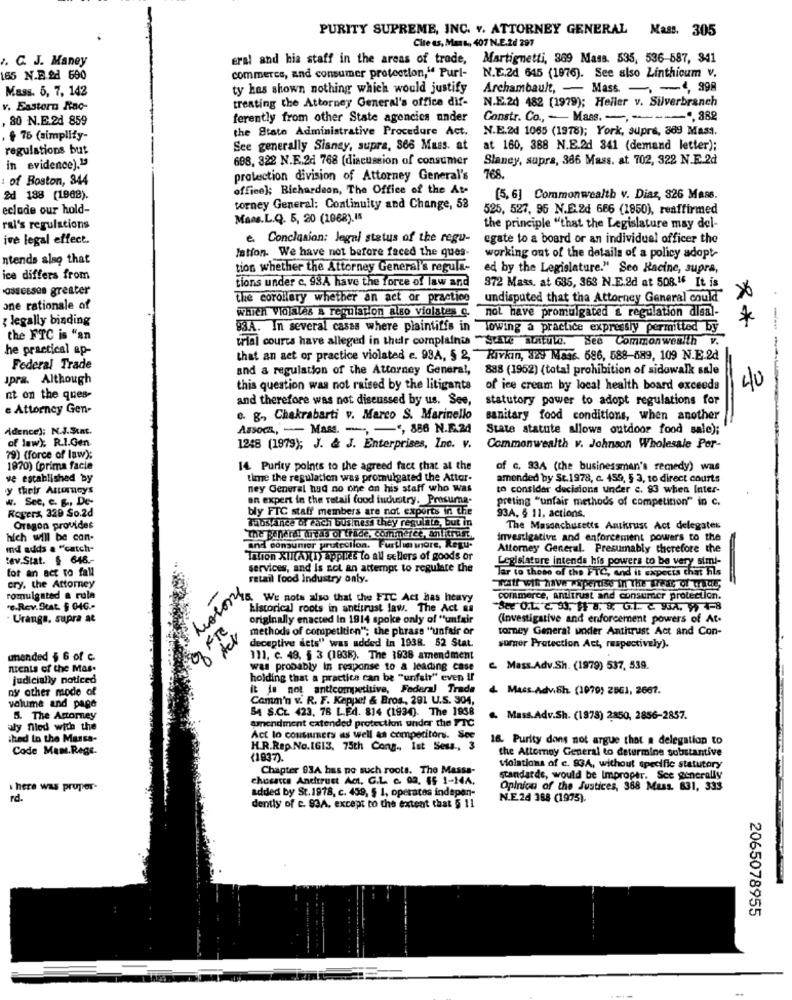
PURITY SUPREME, INC. v. ATTORNEY GENERAL Mass. 305
Cite ts, Mast ., 407 N.E.2d 297
. C. J. Maney
eral and hia staff in the areas of trade, Martignetti, 369 Mass. 535, 536-587, 341
165 N.B.&d 690
commerce, and consumer protection," Purl-
N.E.2d 645 (1976). See also Linthicum v.
Mass. 5, 7, 142
ty has shown nothing which would justify
Archambault, - Mass. -, - 4, 998
treating the Attorney General's office dif-
N.E.20 482 (1979); Heller v. Silverbranch
v. Eastern Rac-
80 N.E.21 859
ferently from other State agencies under
Constr. Co ., - Mass. -, ------- ". 882
the State Administrative Procedure Act.
N.E.2d 1065 (1978); York, supra, 369 Mass.
€ 75 (simplify-
regulations but
See generally Sianey, supra, 866 Muss. at
at 160, 388 N.E.2d 341 (demand letter);
Slaney, supra, 386 Mass. at 702, 322 N.E.2d
in evidence)."
698, 322 N.E.2d 768 (discussion of consumer
: of Boston, 344
protection division of Attorney General's
office); Richardson, The Office of the At-
&d 188 (1988).
(5, 6] Commonwealth v. Diaz, 826 Mass.
eclade our hold-
torney General: Continuity and Change, 52
525, 527, 95 N.E.2d 666 (1850), reaffirmed
Mans.L.Q. 5, 20 (1068).15
ral's regulations
the principle "that the Legislature may del-
ive legal effect.
e Conclusion: legal status of the regu-
egate to a board or an individuel officer the
ntends also that
Istion. We have not before faced the ques-
working out of the details of a policy adopt-
tion whether the Attorney General's regula-
ed by the Legislature." Sco Racine, supra,
ice differs from
ossesses greater
tions under c. 93A have the force of law and
372 Mass, at 635, 363 N.E.2d at 508." It is
The corollery whether an act or practice
undisputed that the Attorney General could
one rationale af
which Violales & regulation also violates c. not have promulgated & regulation disal-
legally binding
**
93A. In several cases where plaintiffs in lowing a practice expressly permitted by
the FTC is "an
trial courts have alleged in their complaints ~Stare actule. See Commonwealth v
he practical ap-
that an act or practice violated e. 934, 5 2, Rivkin, 329 Mas6. 686, 588-689, 109 N.E.2d
Federal Trade
and a regulation of the Attorney General,
888 (1962) (total prohibition of sidowalk sale
spra. Although
this question was not raised by the litigants
of ice cream by local health board exceeds
40
----
nt on the ques-
and therefore was not discussed by us. See,
statutory power to adopt regulations for
e Attorney Gen-
e. g. Chakrabarti v. Marco S. Marinello
sanitary food conditions, when another
Adence): N.J.Stat.
Assoca, -- Mass. -, - ", 886 N.E.24
State statute allows outdoor food sale);
of law). R.l.Gen
1248 (1979); J. & J. Enterprises, Inc. v.
Commonwealth v. Johnson Wholesale Per-
79) (force of law);
1970) (prima facie
14 Purity points to the agreed fact that at the
of c. 934 (the businessman's remedy) was
ve established by
time the regulation was promulgated the Attor-
amended by St.1978, c. 459, 5 3, 10 direct courts
y their Auerneys
ney General had no one on his staff who was
to consider decisions under c. 93 when Inter-
W. See, e. g ., De-
an expert in the retail food industry. Presuma-
preling "unfair methods of competition" in c.
Rogers, 329 So.2d
bly FTC staff members are not exports in the
Tabs ance of each business they regulate, but in
93A. § 11. actions.
Oragon provides
The Massachusetts Anthrust Act delegates
hich will be con-
The general Areas of trade, commerce, antitrust
investigative and enforcement powers to the
md adds a "catch-
And consumer protection. Furtlia wiore, Regu-
Attorney General. Presumably therefore the
tev.Stat. $ 648 .-
Tation XII(A)(T) applies to all sellers of goods or
Legislature intends his powers to be very simi-
tot an act to fall
services, and Is not an attempt to regulate the
retail food Industry only.
Jar to these of the FTC, and it expects chet Fils
cry, the Attorney
Motory
Tatt wik have wxperdise in The west of Wude
romulgated a rula
We nots also that the FTC Act has heavy
commerce, antitrust and consumer protection.
"e-Rev.Stat. § 04G .-
historical roots in antitrust law. The Act na
Uranga, supra at
FTC
originally enacted In 1914 spoke only of "unfair
(investigative and enforcement powers of At.
methods of competition"; the phrase "unfair or
torney General under Antitrust Act and Con-
deceptive dets" was added in 1938. 52 Stat.
somer Protection Act, respectively).
unended $ 6 of c.
111, c. 49, § 3 (1838). The 1938 amendment
nents of the Mas.
was probably in response to a leading case
Mass.Adv.Sh. (1979) 537, 539.
judicially noticed
holding that a practica can be "unfalt" even if
nsr ather mode of
it is not anticompetitive, Federal Trade
. Mass Advish. (1970) 2863, 2661.
Comm'n v. R. F. Keppet & Bros ., 291 U.S. 304,
volume and page
SA S.C. 423, 78 L.Ed. 814 (1934). The 1988
5. The Attorney
amendment extended protectkm under the FTC
.. Mass.Adv.Sh. (1878) 2850, 2856-2857.
aly nled with the
ihad to the Massa-
Act lo consumers as well as competitors. See
16. Purity dons not argue that a delegation to
Code Mam. Regs.
H.R.Rap.No.IGI3, 75th Cong ., Ist Sess, 3
the Attorney General to determine substantive
(1837).
Chapter 93A has ne such roots. The Massa-
violations of c. 83A, without specific statutory
chusaccs Antitrust Act. G.L. c. 02. 45 1-14A.
standarde, would be Improper. Sce generally
here was pruper-
Opinion of the Justices, 388 Muss. 831, 333
rd.
added by St.1978, c. 459, § 1, operates indepen-
N.E.24 388 (1975).
dently of c. 93A, except to the extent that 5 11
2065078955